Tartu_pedagoogiumi_aruanded, lk 11
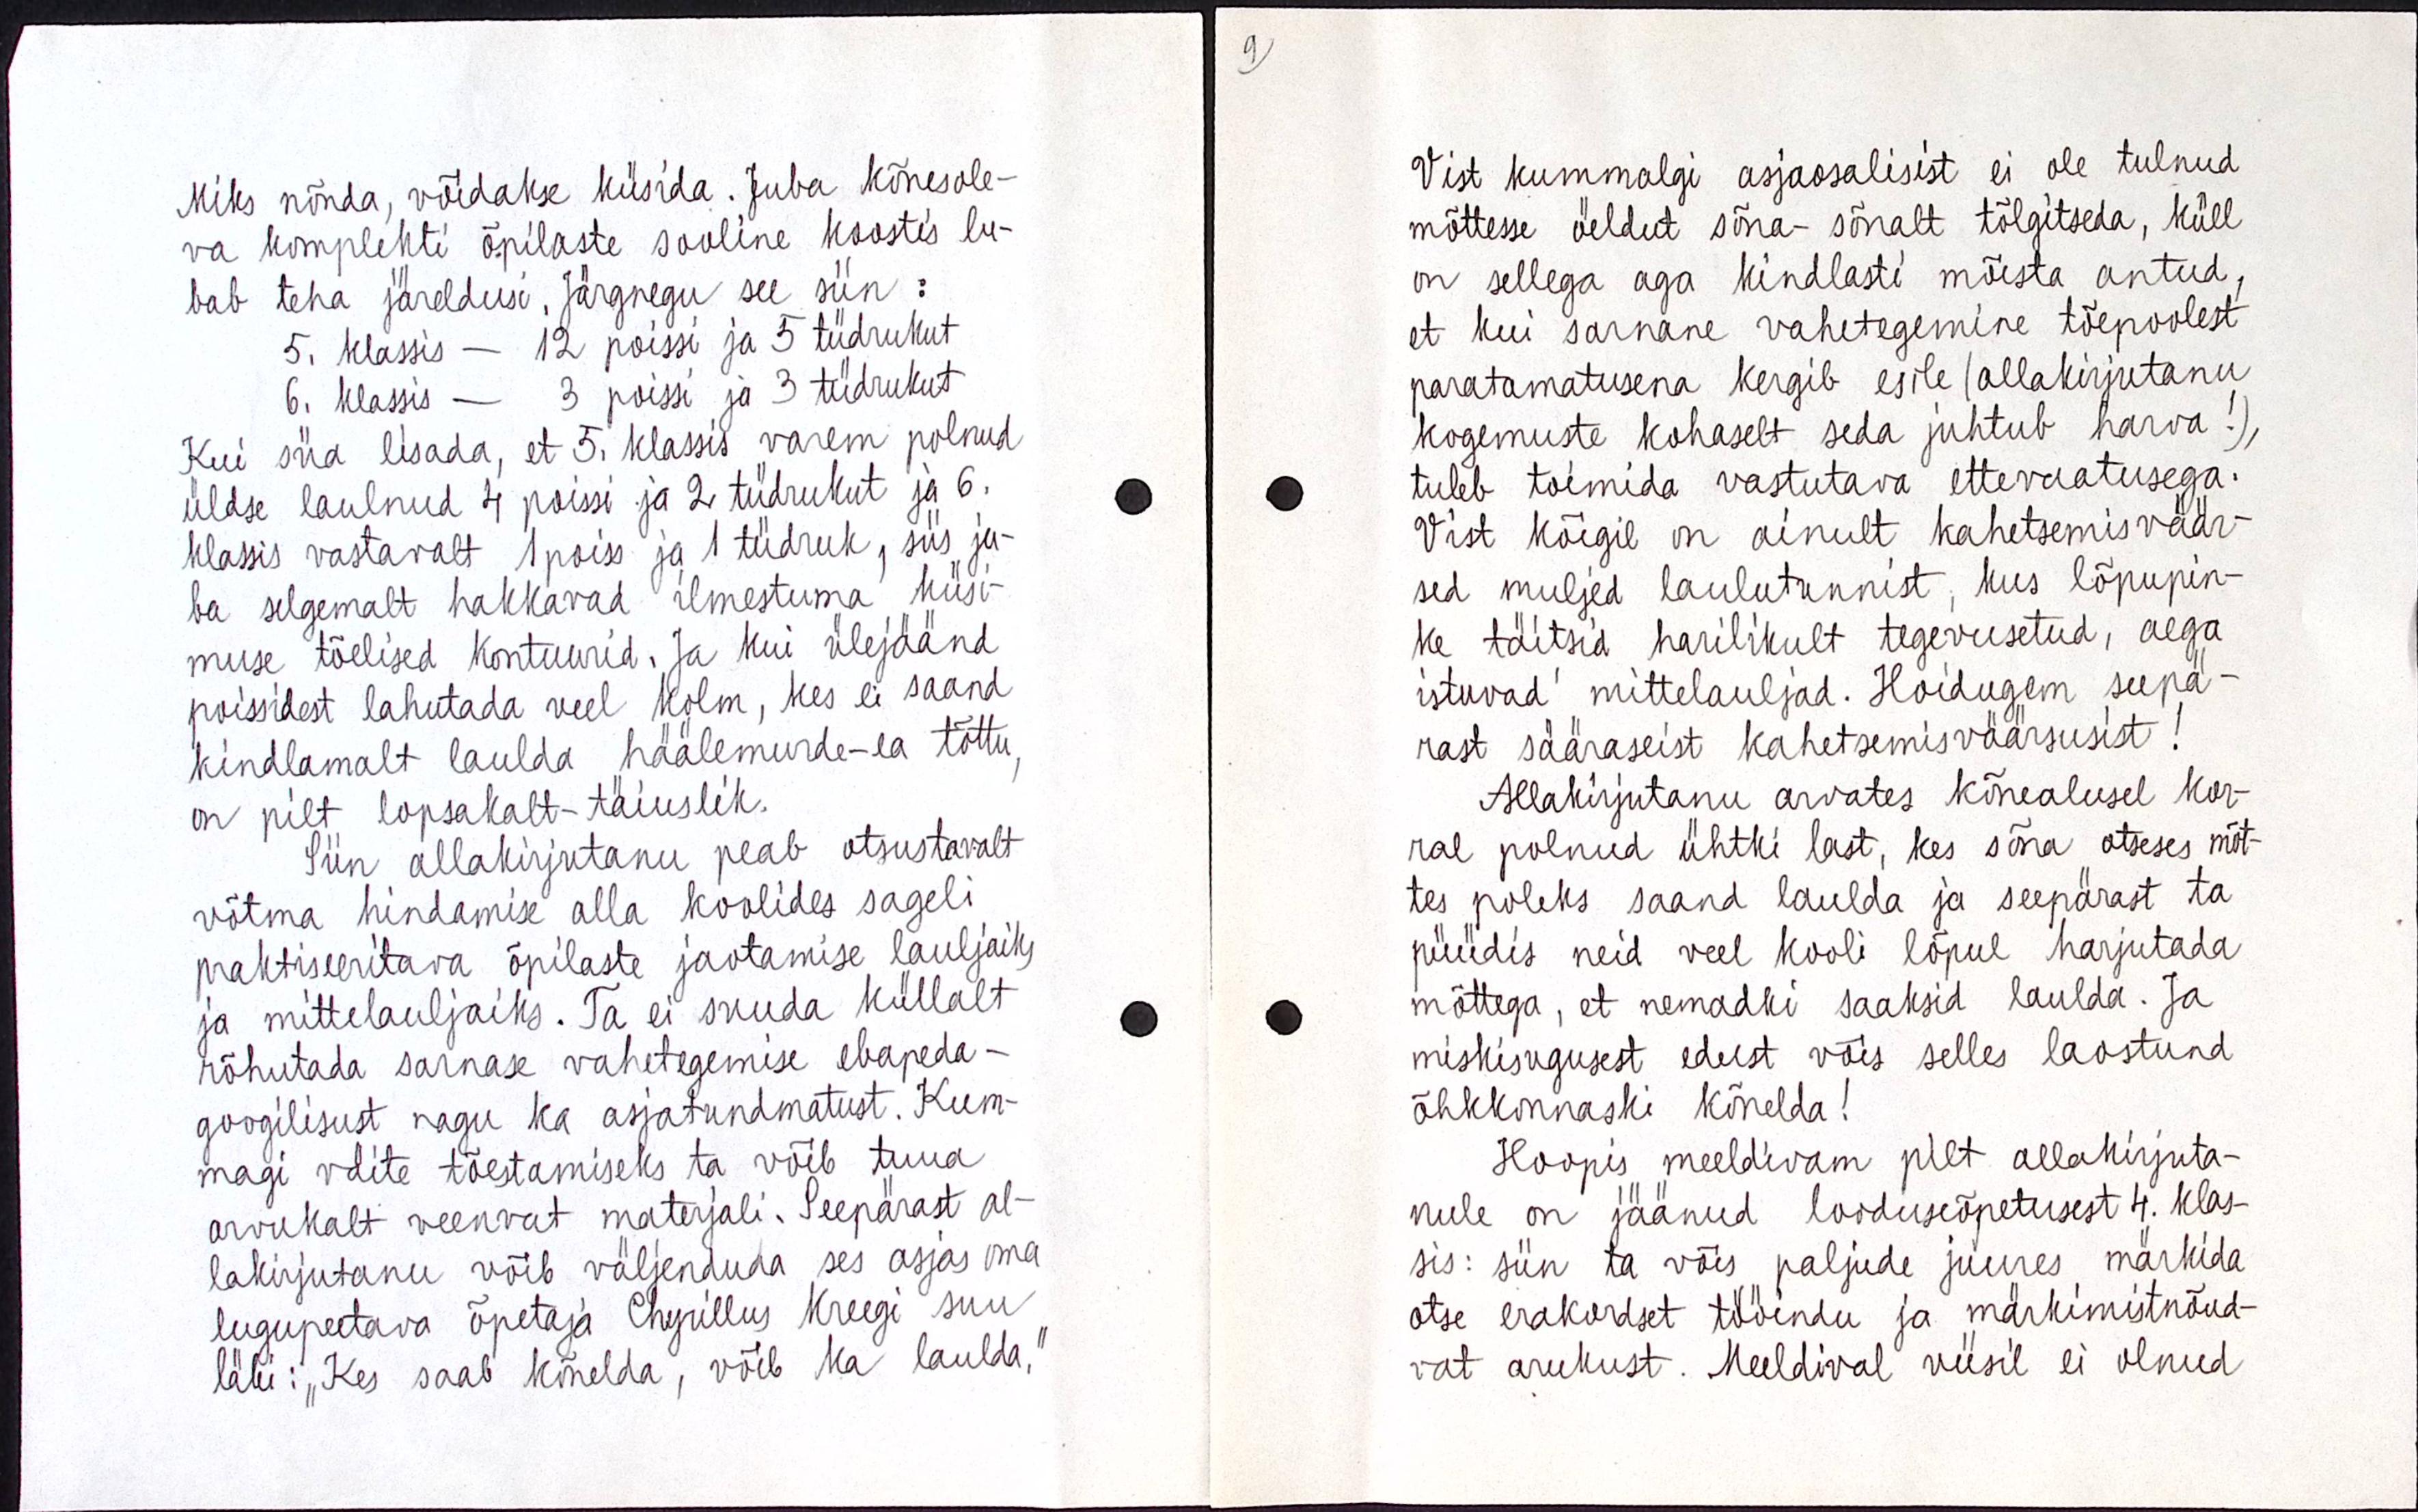
Miks nõnda, võidakse küsida. Juba kõnesole-
va komplekti õpilaste suuline koostis lu-
bab teha järeldusi. Järgnegu see siin :
5. klass - 12 poissi ja 5 tüdrukut
6. klass - 3 poissi ja 3 tüdrukut
Kui siin lisada, et 5 klassis varem polnud
üldse laulnud 4 poissi ja 2 tüdrukut ja 6.
klassis vastavalt 1 poiss ja 1 tüdruk, siis ju-
ba selgemalt hakkavad ilmestuma küsi-
muse tõelised kontuurid. Ja kui ülejäänd
poissidest lahutada veel kolm, kes ei saand
kindlamalt laulda häälemurde-ea tõttu,
on pilt lopsakalt-täiuslik
Siin allakirjutanu peab otsustavalt
võtma hindamise alla koolides sageli
praktiseeritava õpilaste jaotamise lauljaiks
ja mittelauljaiks. Ta ei suuda küllalt
rõhutada sarnase vahetegemise ebapeda-
googilisust nagu ka asjatundmatust. Kum-
magi väite tõestamiseks ta võib tuua
arvukalt veenvat materjali. Seepärast al-
lakirjutanu võib väljenduda ses asjas oma
lugupeetava õpetaja Chyrillus Kreegi suu
läbi : ,, Kes saab kõnelda, võib ka laulda."

Vist kummalgi asjaosalisist ei ole tulnud
mõttesse öeldut sõna-sõnalt tõlgitseda, küll
on sellega aga kindlasti mõista antud,
et kui sarnane vahetegemine tõepoolest
paratamatusena kergib esile ( allakirjutanu
kogemuste kohaselt seda juhtub harva! ),
tuleb toimida vastutava ettevaatusega.
Vist kõigil on ainult kahetsemis väär-
sed muljed laulutunnist, kus lõpupin-
ke täitsid harilikult tegevusetud, aega
istuvad mittelauljad. Hoidugem seepä-
rast sääraseist kahetsemisväärsusist!
Allakirjutanu arvates kõnealusel kor-
ral polnud ühtki last, kes sõna otseses mõt-
tes poleks saand laulda ja seepärast ta
püüdis neid veel kooli lõpul harjutada
mõttega, et nemadki saaksid laulda. Ja
miskisugust edust võis selles laostund 
õhkkonnaski kõnelda!
Hoopis meeldivam pilt allakirjuta-
nule on jäänud loodusõpetusest 4. klas-
sis : siin ta võis paljude juures märkida
otse erakordset tööindu ja märkimistnõud-
vat arukust. Meeldival viisil ei olnud